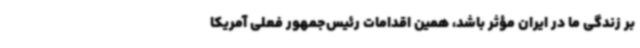
بر زندگی ما در ایران مؤثر باشد، همین اقدامات رئیس‌جمهور فعلی آمریکا